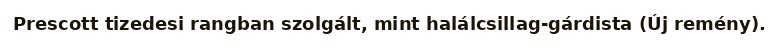
Prescott tizedesi rangban szolgált, mint halálcsillag-gárdista (Új remény).